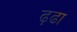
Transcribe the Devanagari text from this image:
ढ़ूढा